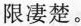
限凄楚。